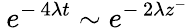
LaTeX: \: e^{-\, 4\lambda t}\sim e^{-\, 2\lambda z^{-}}\: